Some observations on the poison of Russell's viper (Daboia russellii) - Number 3
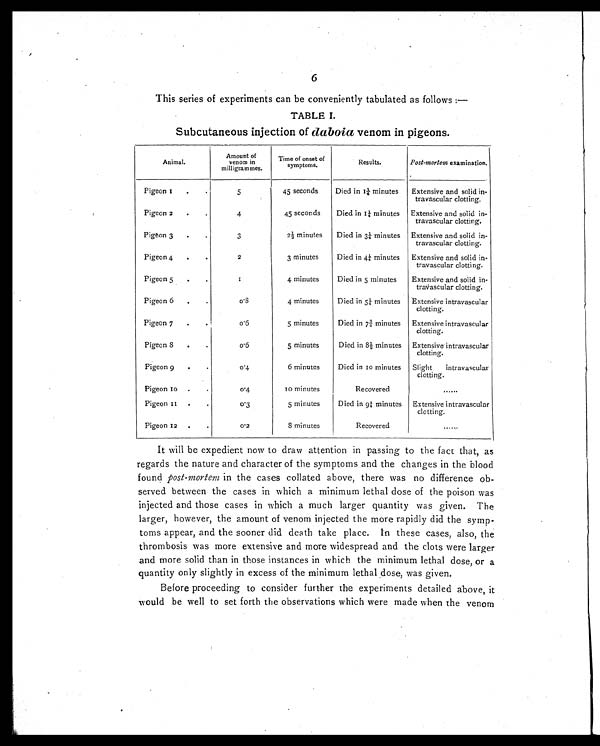
6
This series of experiments can be conveniently tabulated as follows :
—
TABLE I.
Subcutaneous injection of daboia venom in pigeons.
Animal.
Amount of
venom in
milligrammes.
Time of onset of
symptoms.
Results.
Post-mortem examination.
Pigeon 1 ...
5
45 seconds
Died in 1¼ minutes
Extensive and solid in-
travascular clotting.
Pigeon 2
...
4
45 seconds
Died in 1¼ minutes
Extensive and solid in-
travascular clotting.
Pigeon 3
.
.
3
2½ minutes
Died in 3¼ minutes
Extensive and solid in-
travascular clotting.
Pigeon 4.
.
.
2
3 minutes
Died in 4¼ minutes
Extensive and solid in-
travascular clotting.
Pigeon 5
.
.
1 4 minutes
Died in 5 minutes
Extensive and solid in-
travascular clotting.
Pigeon 6
.
.
0 . 8 4 minutes
Died in 5¼ minutes
Extensive intravascular
clotting.
Pigeon 7
.
0 . 6 5 minutes
Died in 7¾ minutes
Extensive intravascular
clotting.
Pigeon 8
.
.
0 . 6 5 minutes
Died in 8½ minutes
Extensive intravascular
clotting.
Pigeon 9
.
.
0 . 4 6 minutes
Died in 10 minutes
Slight intravascular
clotting.
Pigeon 10 .
.
0 . 4
10 minutes
Recovered
......
Pigeon 11
.
.
0 . 3
5 minutes
Died in 9¼ minutes
Extensive intravascular
clotting.
Pigeon 12 . .
0 . 2
8 minutes
Recovered
......
It will be expedient now to draw attention in passing to the fact that, as
regards the nature and character of the symptoms and the changes in the blood
found post-mortem in the cases collated above, there was no difference ob-
served between the cases in which a minimum lethal dose of the poison was
injected and those cases in which a much larger quantity was given. The
larger, however, the amount of venom injected the more rapidly did the symp-
toms appear, and the sooner did death take place. In these cases, also, the
thrombosis was more extensive and more widespread and the clots were larger
and more solid than in those instances in which the minimum lethal dose, or a
quantity only slightly in excess of the minimum lethal dose, was given.
Before proceeding to consider further the experiments detailed above, it
would be well to set forth the observations which were made when the venom